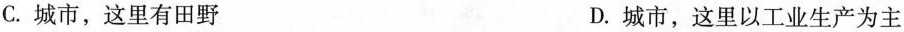
C.城市，这里有田野 D.城市，这里以工业生产为主